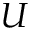
U